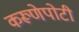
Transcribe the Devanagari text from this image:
करूणेपोटी